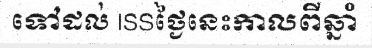
ទៅដល់ ISSថ្ងៃនេះកាលពីឆ្នាំ